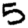
Digit: 5